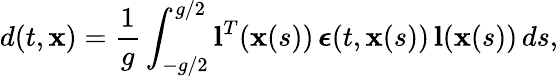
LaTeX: d(t,\mathbf{x})=\frac{1}{g}\int_{-g/2}^{g/2}\mathbf{l}^{T}(\mathbf{x}(s))\, \boldsymbol{\epsilon}(t,\mathbf{x}(s))\, \mathbf{l}(\mathbf{x}(s))\, ds,